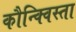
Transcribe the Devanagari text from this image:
कौन्क्विस्ता